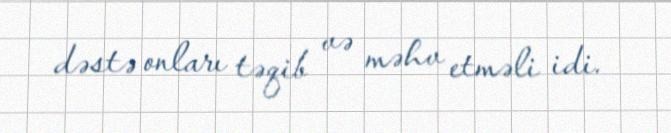
dəstə onları təqib və məhv etməli idi.